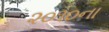
૨૦૧૦ના